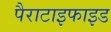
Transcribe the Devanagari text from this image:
पैराटाइफाइड